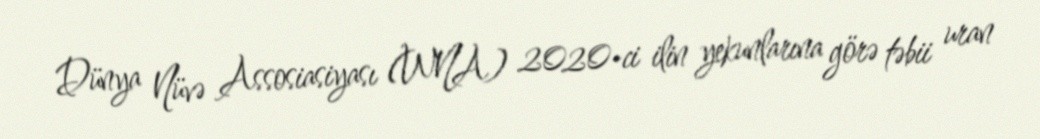
Dünya Nüvə Assosiasiyası (WNA) 2020-ci ilin yekunlarına görə təbii uran